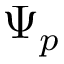
\Psi _ { p }